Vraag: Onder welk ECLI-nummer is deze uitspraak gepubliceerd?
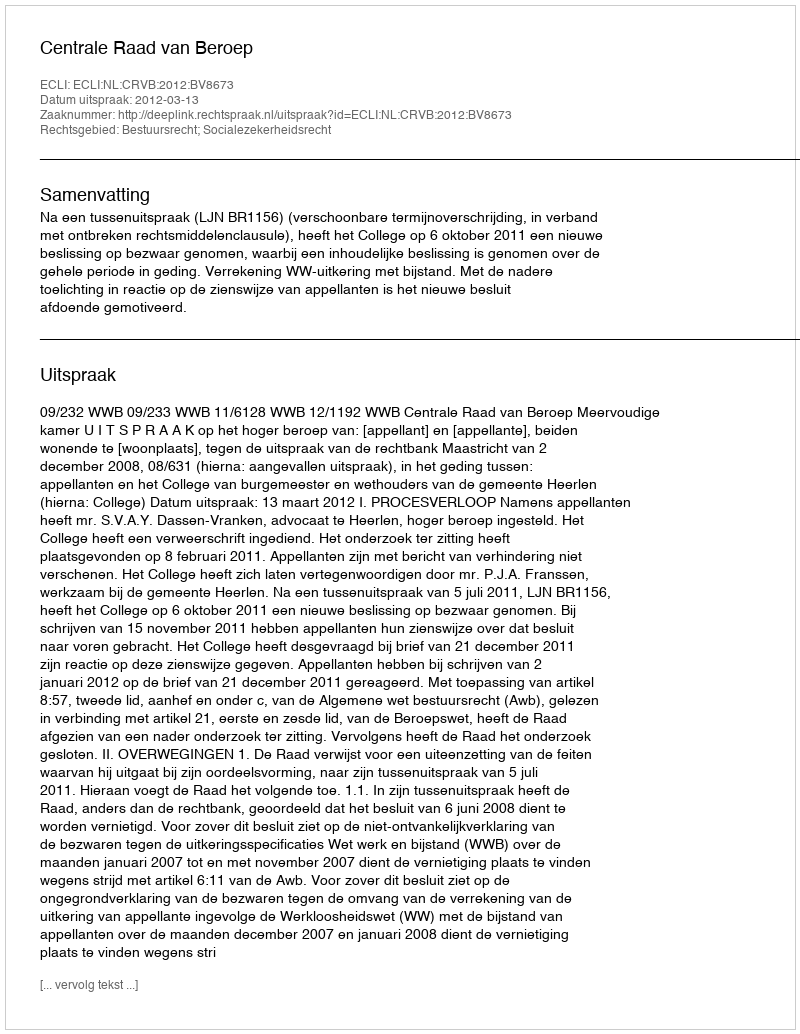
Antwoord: ECLI:NL:CRVB:2012:BV8673